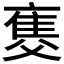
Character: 𤕚